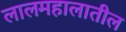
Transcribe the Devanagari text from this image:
लालमहालातील